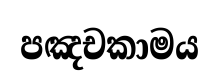
පඤචකාමය